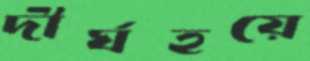
দীর্ঘহয়ে